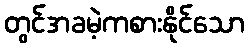
တွင်အခမဲ့ကစားနိုင်သော